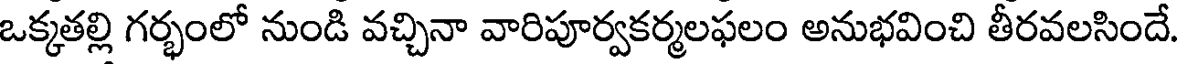
ఒక్కతల్లి గర్భంలో నుండి వచ్చినా వారిపూర్వకర్మలఫలం అనుభవించి తీరవలసిందే